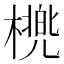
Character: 橷